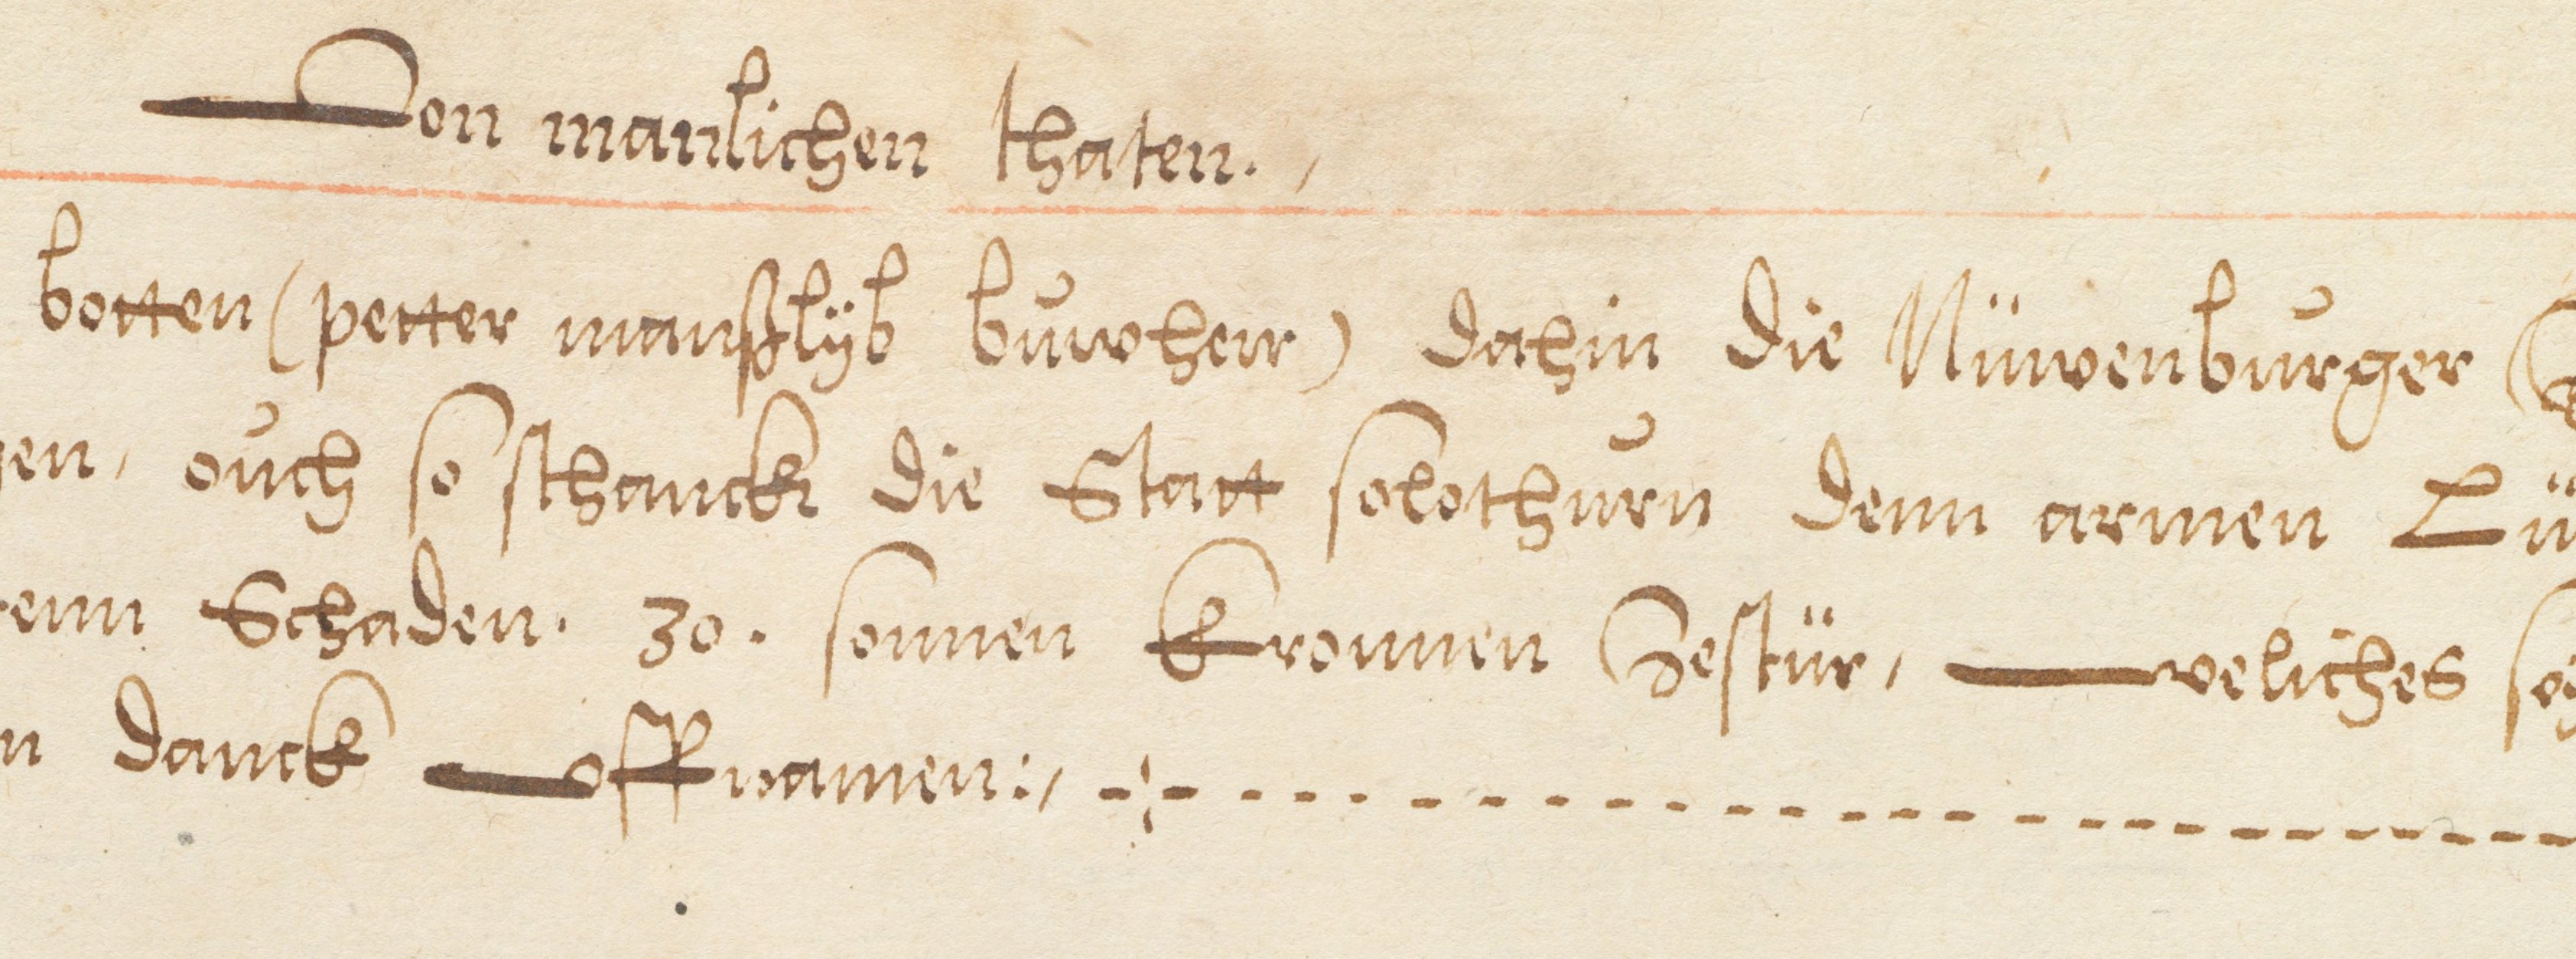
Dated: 1578–1580